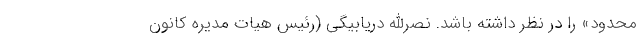
محدود» را در نظر داشته باشد. نصرالله دریابیگی (رئیس هیات مدیره کانون